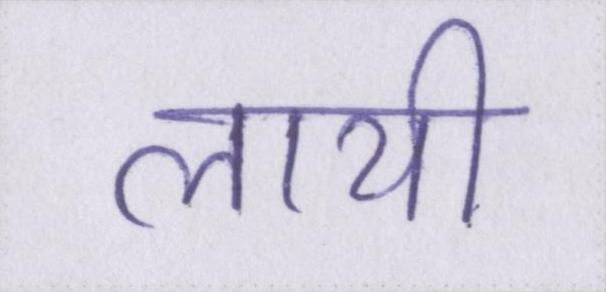
लायी